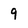
Character: 9